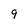
Character: 9